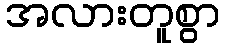
အလားတူစွာ